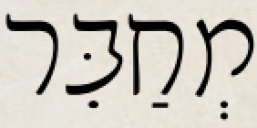
מְחַבֵּר